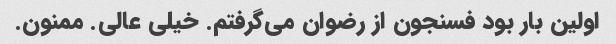
اولین بار بود فسنجون از رضوان می‌گرفتم. خیلی عالی. ممنون.